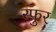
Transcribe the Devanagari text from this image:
स्‍फुर